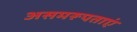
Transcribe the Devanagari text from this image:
असमरूपताएं